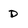
Character: D